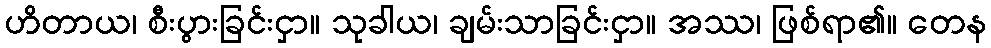
ဟိတာယ၊ စီးပွားခြင်းငှာ။ သုခါယ၊ ချမ်းသာခြင်းငှာ။ အဿ၊ ဖြစ်ရာ၏။ တေန